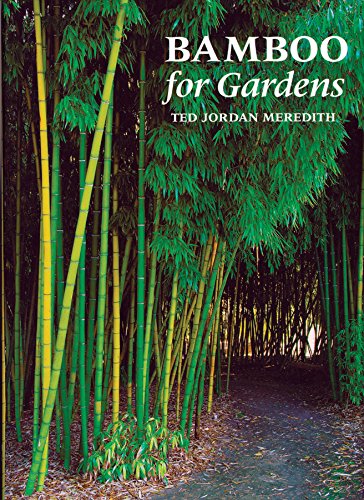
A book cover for Bamboo for Gardens; Ted Jordan Meredith; Crafts, Hobbies & Home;